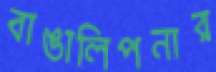
বাঙালিপনার